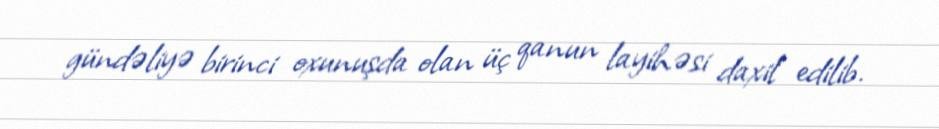
gündəliyə birinci oxunuşda olan üç qanun layihəsi daxil edilib.